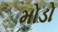
મોડો